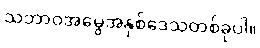
သဘာဝအမွေအနှစ်ဒေသတစ်ခုပါ။